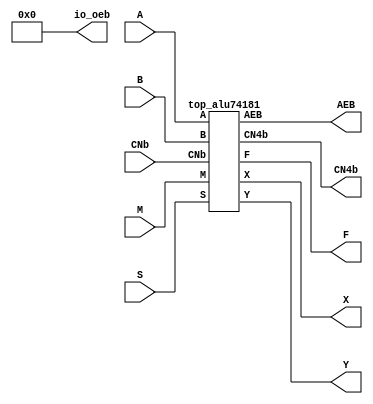
/*************************************************************************/
/* 74181 - A historic 4 bit ALU                                          */
/*************************************************************************/

module alu74181 (

`ifdef USE_POWER_PINS
	inout vccd1,
	inout vssd1,
`endif

  input [3:0] A, B, S,
  input CNb, M,
  output [3:0] F,
  output AEB, X, Y, CN4b,
  output [7:0] io_oeb
);

  assign io_oeb = 8'b0;

  top_alu74181 top_alu74181 (A, B, S, CNb, M, F, AEB, X, Y, CN4b);

endmodule

/*************************************************************************/

module top_alu74181 (

  input [3:0] A, B, S,
  input CNb, M,
  output [3:0] F,
  output AEB, X, Y, CN4b
);

  wire [3:0] E, D, C, Bb;

  e_module e_mod (A, B, S, E);
  d_module d_mod (A, B, S, D);
  cla_module cla_mod (E, D, CNb, C, X, Y, CN4b);
  sum_module sum_mod (E, D, C, M, F, AEB);

endmodule

/*************************************************************************/

module e_module (

  input [3:0] A, B, S,
  output [3:0] E
);

  wire [3:0]  ABS3, ABbS2;

  assign ABS3 = A&B&{4{S[3]}};
  assign ABbS2 = A&~B&{4{S[2]}};
  assign E = ~(ABS3|ABbS2);

endmodule

/*************************************************************************/

module d_module (

  input [3:0] A, B, S,
  output [3:0] D
);

  wire [3:0]  BbS1, BS0;

  assign BbS1 = ~B&{4{S[1]}};
  assign BS0 = B&{4{S[0]}};
  assign D = ~(BbS1|BS0|A);

endmodule

/*************************************************************************/

module cla_module (

  input [3:0] Gb, Pb,
  input CNb,
  output [3:0] C,
  output X, Y, CN4b
);

  assign C[0] = ~CNb;
  assign C[1] = ~(Pb[0]|(CNb&Gb[0]));
  assign C[2] = ~(Pb[1]|(Pb[0]&Gb[1])|(CNb&Gb[0]&Gb[1]));
  assign C[3] = ~(Pb[2]|(Pb[1]&Gb[2])|(Pb[0]&Gb[1]&Gb[2])|(CNb&Gb[0]&Gb[1]&Gb[2]));
  assign X = ~&Gb;
  assign Y = ~(Pb[3]|(Pb[2]&Gb[3])|(Pb[1]&Gb[2]&Gb[3])|(Pb[0]&Gb[1]&Gb[2]&Gb[3]));
  assign CN4b = ~(Y&~(&Gb&CNb));

endmodule

/*************************************************************************/

module sum_module (

  input [3:0] E, D, C,
  input M,
  output [3:0] F,
  output AEB
);

  assign F = (E ^ D) ^ (C|{4{M}});
  assign AEB = &F;

endmodule